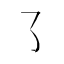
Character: ㇌